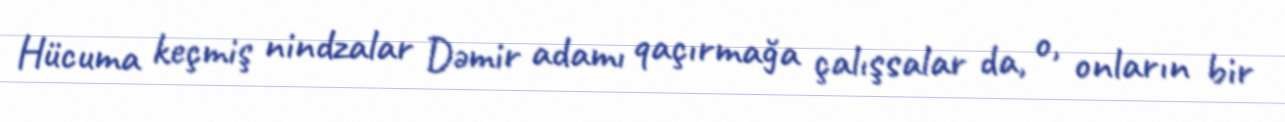
Hücuma keçmiş nindzalar Dəmir adamı qaçırmağa çalışsalar da, o, onların bir